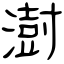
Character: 澍